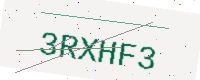
Text: 3RXHF3